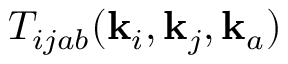
T _ { i j a b } ( \mathbf { k } _ { i } , \mathbf { k } _ { j } , \mathbf { k } _ { a } )